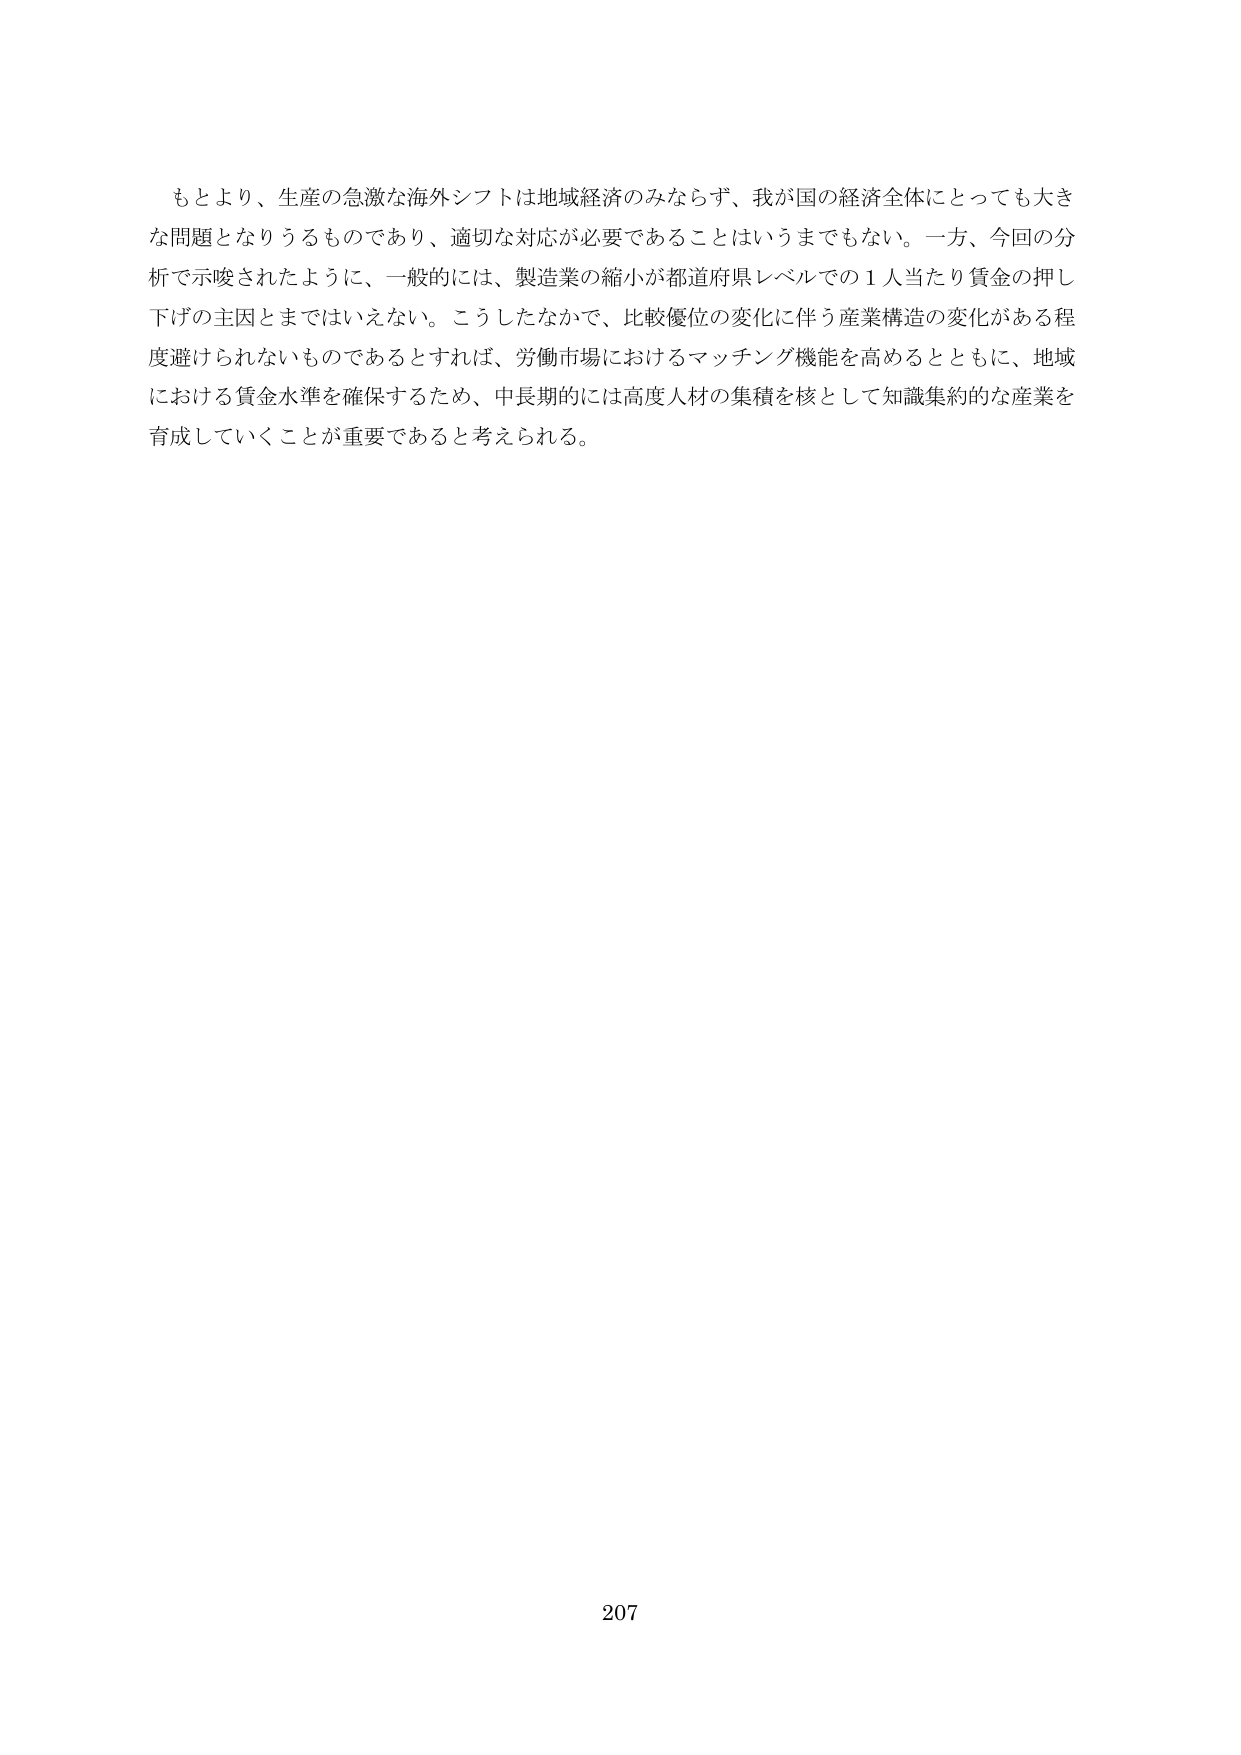
もとより、生産の急激な海外シフトは地域経済のみならず、我が国の経済全体にとっても大きな問題となりうるものであり、適切な対応が必要であることはいうまでもない。一方、今回の分析で示唆されたように、一般的には、製造業の縮小が都道府県レベルでの１人当たり賃金の押し下げの主因とまではいえない。こうしたなかで、比較優位の変化に伴う産業構造の変化がある程度避けられないものであるとすれば、労働市場におけるマッチング機能を高めるとともに、地域における賃金水準を確保するため、中長期的には高度人材の集積を核として知識集約的な産業を育成していくことが重要であると考えられる。

207